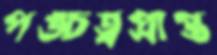
পঙ্চত্বপ্রাপ্ত